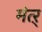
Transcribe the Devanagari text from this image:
मंत्ऱ्